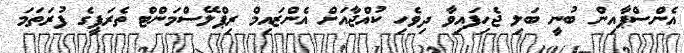
އެންސްޕާއިން ބުނީ ބަލި ޖެހިފައިވާ ދިވެހި ކުއްޖާއަށް އެންޒައިމް ރިޕްލޭސްމަންޓް ތެރަޕީގެ ފުރަތަމަ